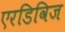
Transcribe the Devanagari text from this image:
एरडिविज